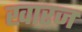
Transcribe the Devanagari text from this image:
खारज